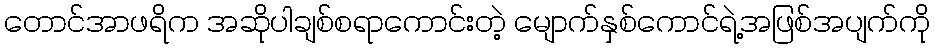
တောင်အာဖရိက အဆိုပါချစ်စရာကောင်းတဲ့ မျောက်နှစ်ကောင်ရဲ့အဖြစ်အပျက်ကို